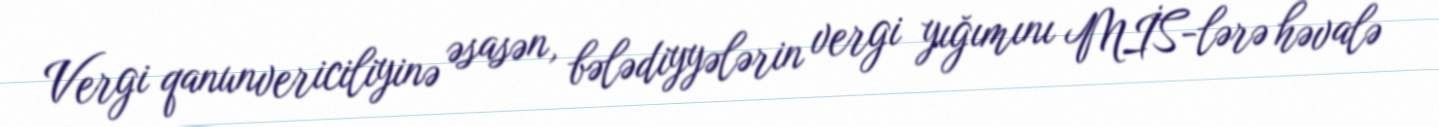
Vergi qanunvericiliyinə əsasən, bələdiyyələrin vergi yığımını MİS-lərə həvalə